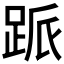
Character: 𬦱